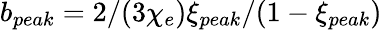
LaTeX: b_{peak}=2/(3\chi_{e})\xi_{peak}/(1-\xi_{peak})